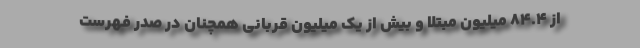
از ۸۴.۴ میلیون مبتلا و بیش از یک میلیون قربانی همچنان در صدر فهرست